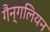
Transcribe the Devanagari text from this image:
गैन्गलियन